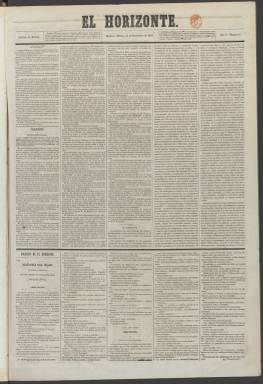
Título: El Horizonte (Madrid)
Colección: Periódicos
Ámbito geográfico: Madrid
Lugar de publicación: Madrid
Fechas: 13/12/1859-01/10/1860